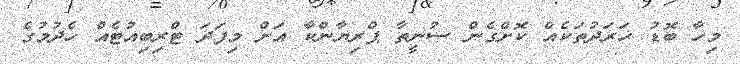
މިހާ ބޮޑު ޚަރަދުތަކެއް ކޮށްގެން ސުނީތާ ޕްރިޔާންކާ އަށް މިފަދަ ޓްރިބިއުޓެއް ހެދުމުގެ